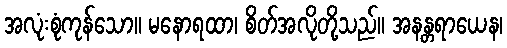
အလုံးစုံကုန်သော။ မနောရထာ၊ စိတ်အလိုတို့သည်။ အနန္တရာယေန၊